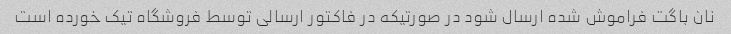
نان باگت فراموش شده ارسال شود در صورتیکه در فاکتور ارسالی توسط فروشگاه تیک خورده است